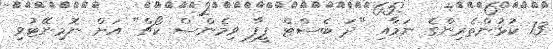
13 ކުޅުންތެރިންގެ ނަމާއި "ދަ ބެސްޓް ފީފާ ވިމެންސް ކޯޗް" އަށް ނޮމިނޭޓުވި